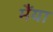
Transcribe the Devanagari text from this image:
मैंया